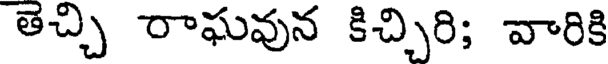
తెచ్చి రాఘవున కిచ్చిరి; వారికి